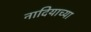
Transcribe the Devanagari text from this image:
नादियाच्या